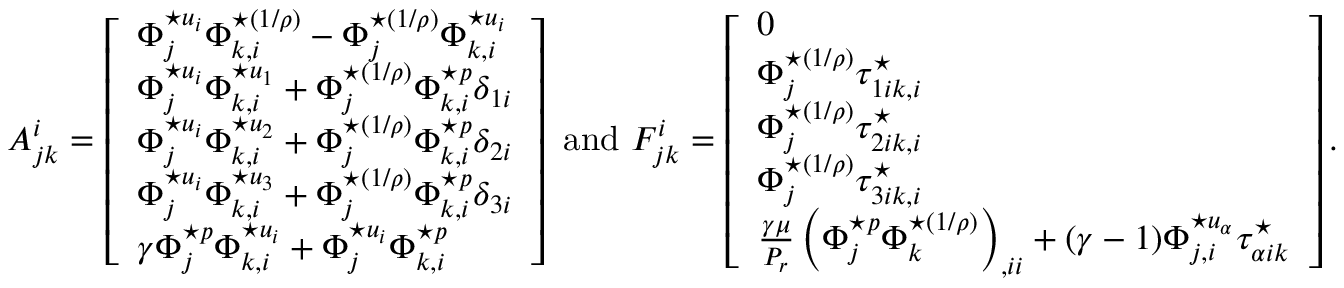
A _ { j k } ^ { i } = \left[ \begin{array} { l } { \Phi _ { j } ^ { \star u _ { i } } \Phi _ { k , i } ^ { \star ( 1 / \rho ) } - \Phi _ { j } ^ { \star ( 1 / \rho ) } \Phi _ { k , i } ^ { \star u _ { i } } } \\ { \Phi _ { j } ^ { \star u _ { i } } \Phi _ { k , i } ^ { \star u _ { 1 } } + \Phi _ { j } ^ { \star ( 1 / \rho ) } \Phi _ { k , i } ^ { \star p } \delta _ { 1 i } } \\ { \Phi _ { j } ^ { \star u _ { i } } \Phi _ { k , i } ^ { \star u _ { 2 } } + \Phi _ { j } ^ { \star ( 1 / \rho ) } \Phi _ { k , i } ^ { \star p } \delta _ { 2 i } } \\ { \Phi _ { j } ^ { \star u _ { i } } \Phi _ { k , i } ^ { \star u _ { 3 } } + \Phi _ { j } ^ { \star ( 1 / \rho ) } \Phi _ { k , i } ^ { \star p } \delta _ { 3 i } } \\ { \gamma \Phi _ { j } ^ { \star p } \Phi _ { k , i } ^ { \star u _ { i } } + \Phi _ { j } ^ { \star u _ { i } } \Phi _ { k , i } ^ { \star p } } \end{array} \right] \mathrm { ~ a n d ~ } F _ { j k } ^ { i } = \left[ \begin{array} { l } { 0 } \\ { \Phi _ { j } ^ { \star ( 1 / \rho ) } \tau _ { 1 i k , i } ^ { \star } } \\ { \Phi _ { j } ^ { \star ( 1 / \rho ) } \tau _ { 2 i k , i } ^ { \star } } \\ { \Phi _ { j } ^ { \star ( 1 / \rho ) } \tau _ { 3 i k , i } ^ { \star } } \\ { \frac { \gamma \mu } { P _ { r } } \left( \Phi _ { j } ^ { \star p } \Phi _ { k } ^ { \star ( 1 / \rho ) } \right) _ { , i i } + ( \gamma - 1 ) \Phi _ { j , i } ^ { \star u _ { \alpha } } \tau _ { \alpha i k } ^ { \star } } \end{array} \right] .